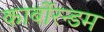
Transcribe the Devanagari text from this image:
कार्बोरन्डम